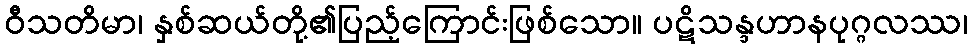
ဝီသတိမာ၊ နှစ်ဆယ်တို့၏ပြည့်ကြောင်းဖြစ်သော။ ပဋိသန္ဒဟာနပုဂ္ဂလဿ၊